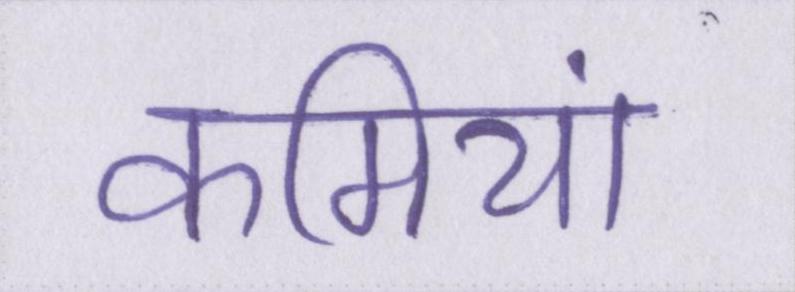
कमियां